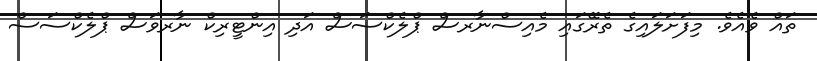
ތައް ވެއެވެ. މިފަށަލައިގެ ތެރޭގައި މެއިސްނާރސް ޕްލެކްސަސް އަދި އިންޓީރިކް ނާރވަސް ޕްލެކްސަސް